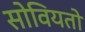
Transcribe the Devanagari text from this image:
सोवियतो